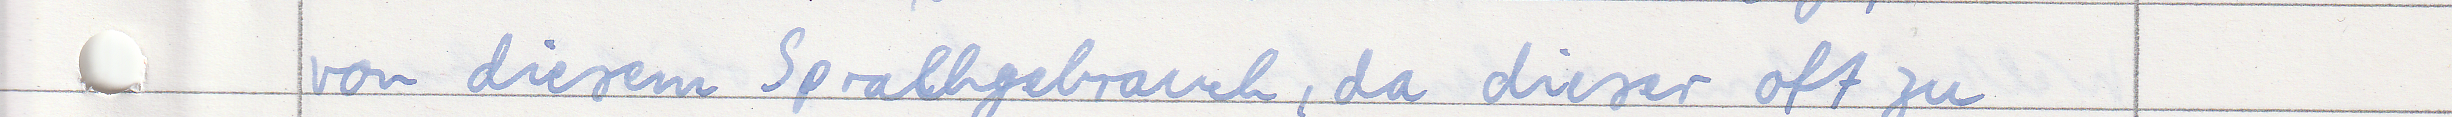
von diesem Sprachgebrauch, da dieser oft zu